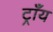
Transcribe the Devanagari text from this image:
ट्राँय